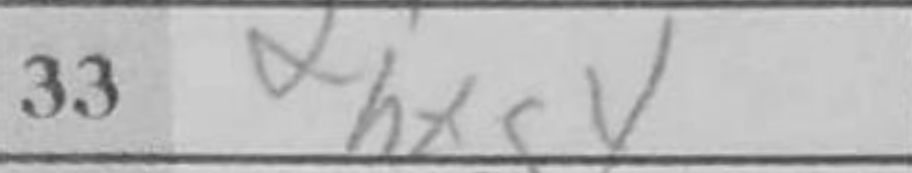
Transcription: hxg4